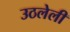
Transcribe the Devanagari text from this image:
उठलेली